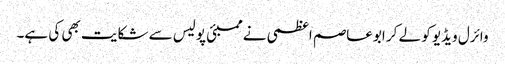
وائرل ویڈیو کو لے کر ابوعاصم اعظمی نے ممبئی پولیس سے شکایت بھی کی ہے۔